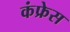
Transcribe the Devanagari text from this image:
कंफ्रेस